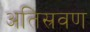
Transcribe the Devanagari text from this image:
अतिस्रवण